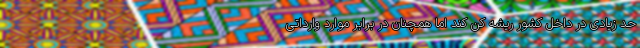
حد زیادی در داخل کشور ریشه کن کند اما همچنان در برابر موارد وارداتی